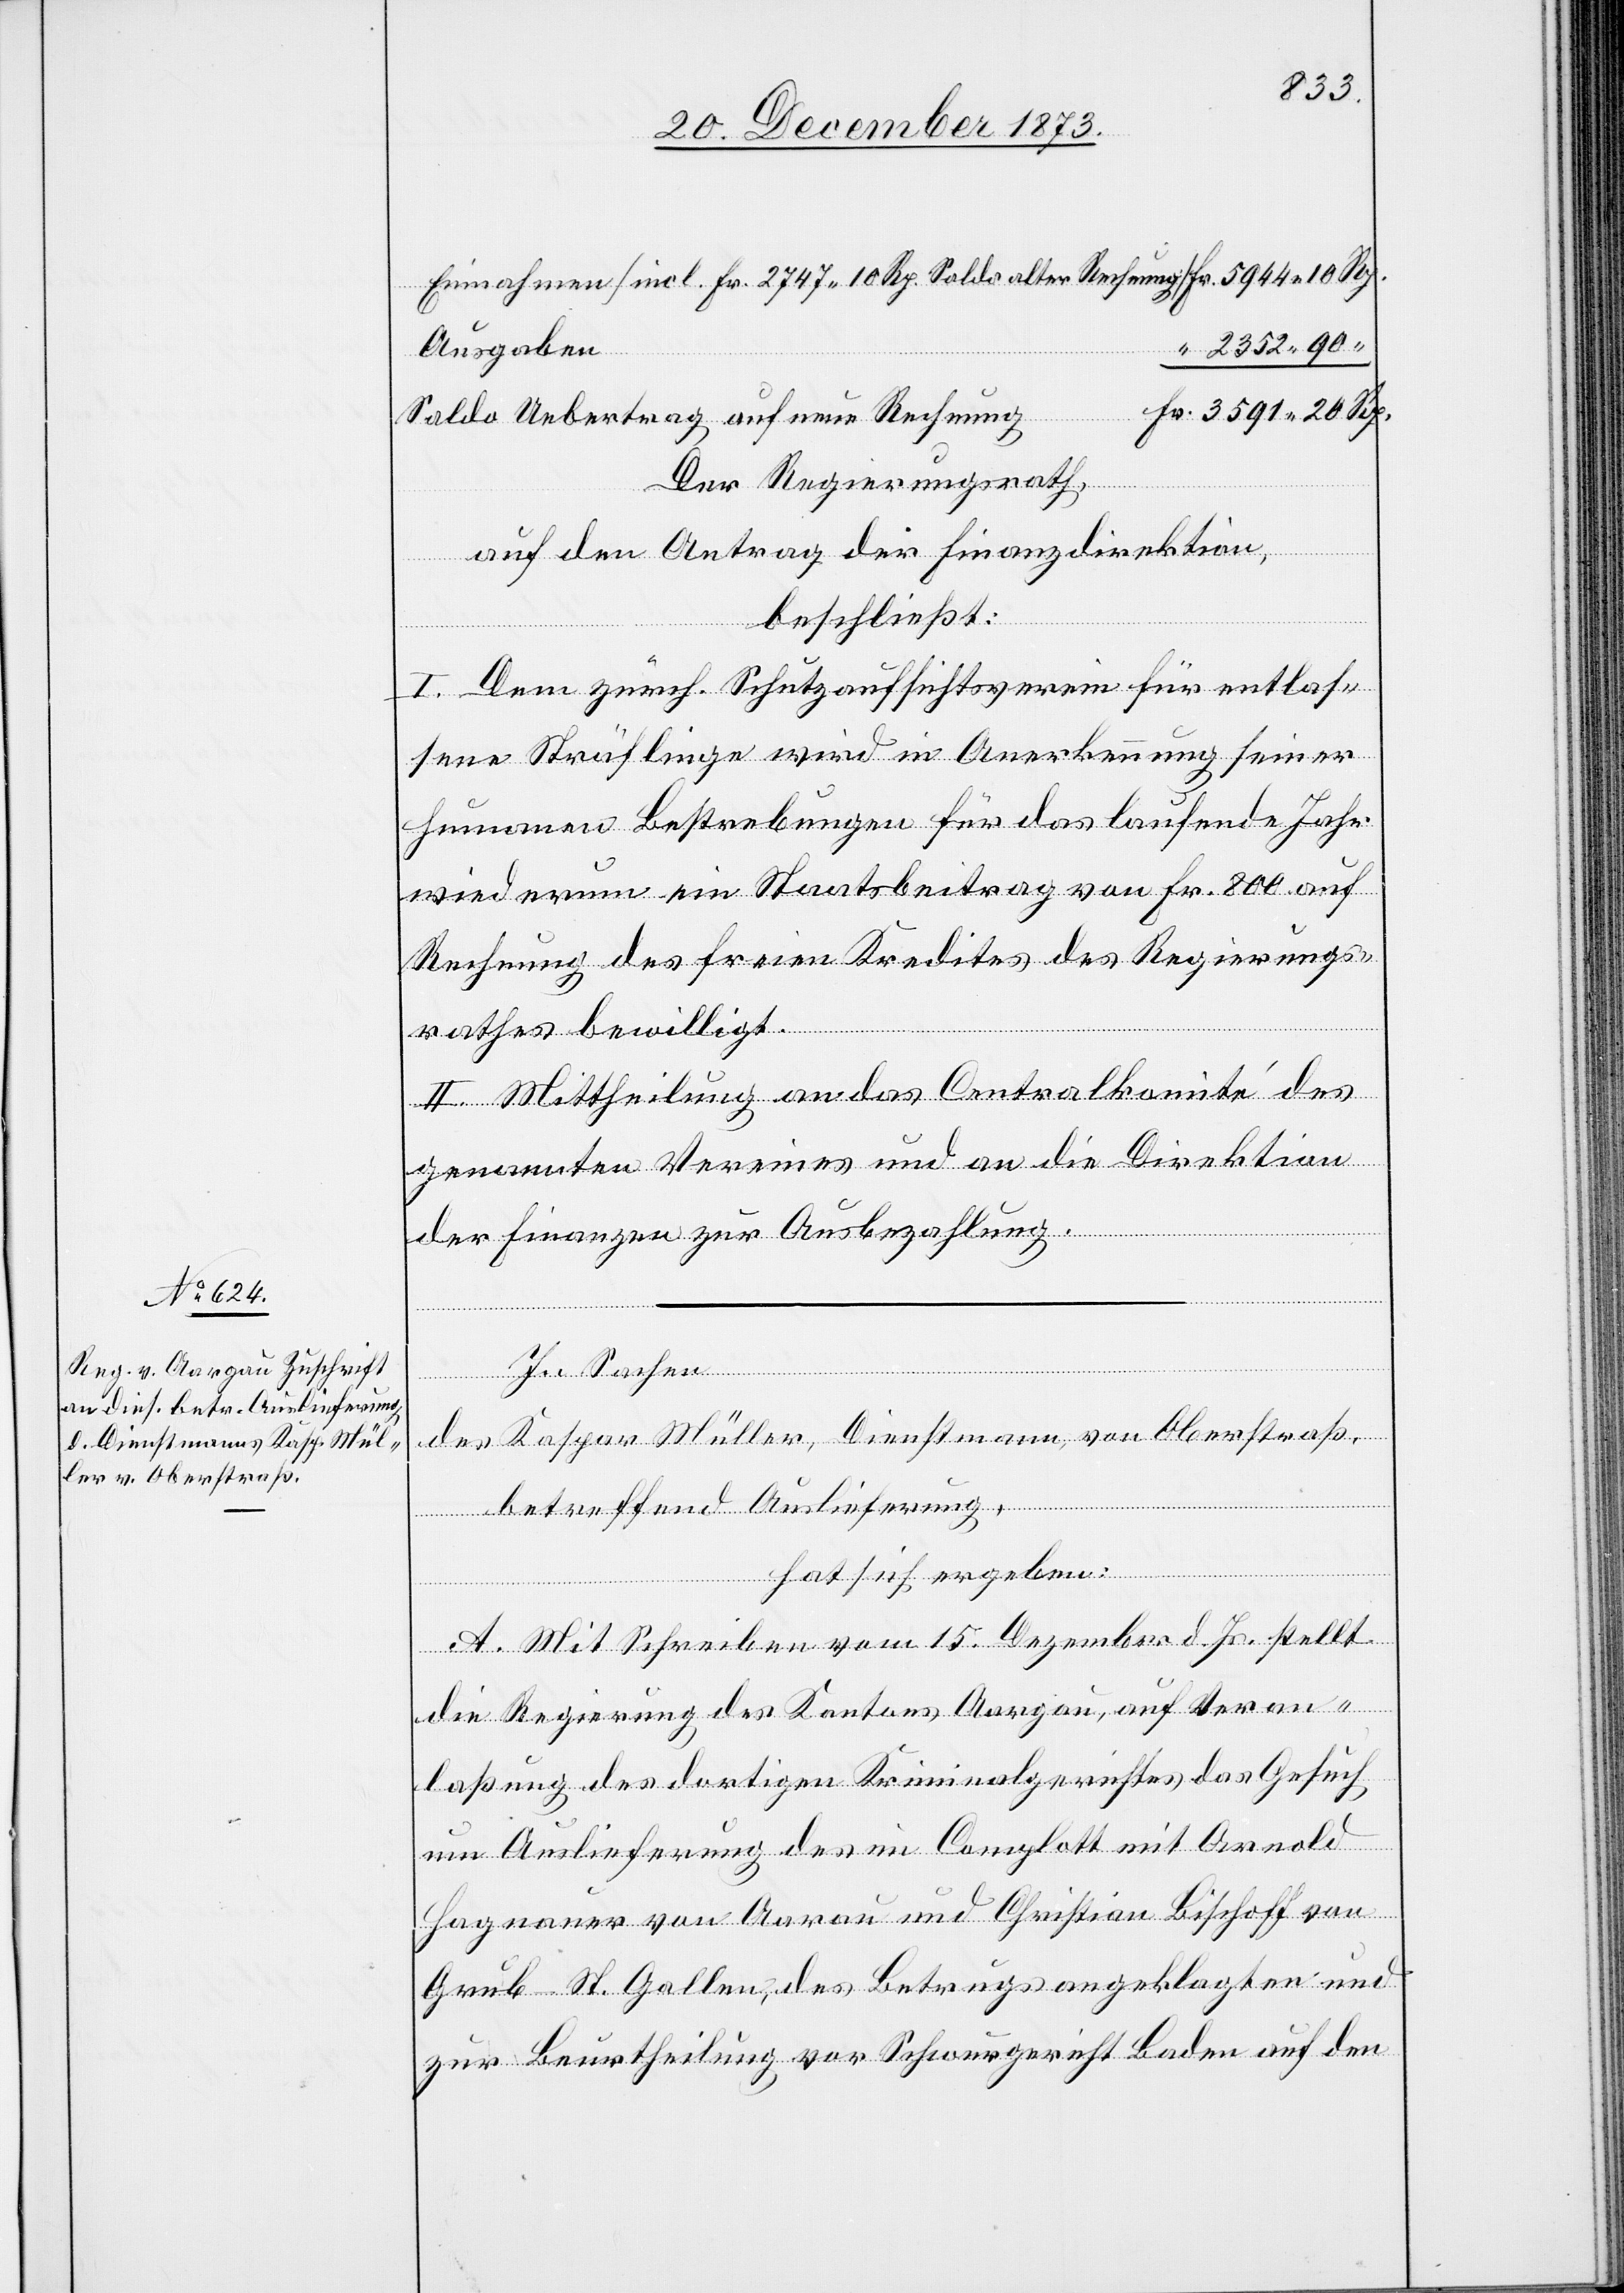
Einnahmen [incl. Fr. 2 747 10 Rp. Saldo alter Rechnung]
2 352 90
Ausgaben
Saldo Uebertrag auf neue Rechnung
Der Regierungsrath,
auf den Antrag der Finanzdirektion,
beschließt:
I. Dem zürch. Schutzaufsichtsverein für entlas¬
sene Sträflinge wird in Anerkennung seiner
humanen Bestrebungen für das laufende Jahr
wiederum ein Staatsbeitrag von Fr. 800 auf
Rechnung des freien Kredites des Regierungs¬
rathes bewilligt.
II. Mittheilung an das Centralkomité des
genannten Vereines und an die Direktion
der Finanzen zur Ausbezahlung.
In Sachen
des Kaspar Müller, Dienstmann, von Oberstraß,
betreffend Auslieferung,
hat sich ergeben:
A. Mit Schreiben vom 15. Dezember d. Js. stellt
die Regierung des Kantons Aargau, auf Veran¬
laßung des dortigen Kriminalgerichtes das Gesuch
um Auslieferung des im Complott mit Arnold
Hagnauer von Aarau und Christian Bischoff von
Grub - St. Gallen, des Betrugs angeklagten und
zur Beurtheilung vor Schwurgericht Baden auf den